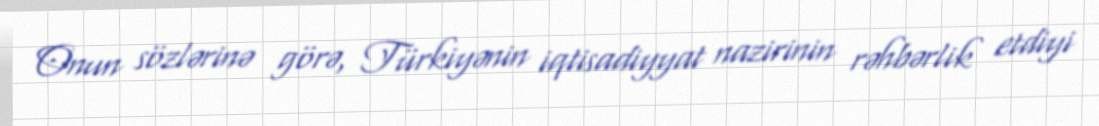
Onun sözlərinə görə, Türkiyənin iqtisadiyyat nazirinin rəhbərlik etdiyi